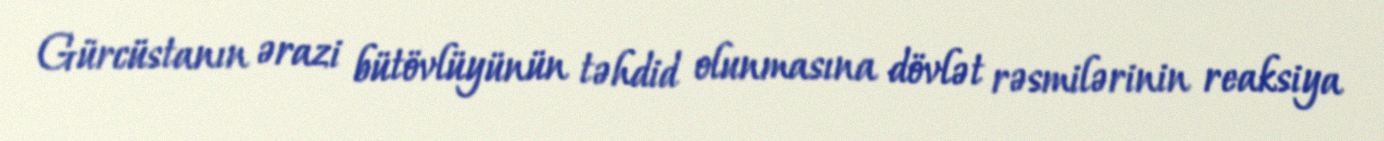
Gürcüstanın ərazi bütövlüyünün təhdid olunmasına dövlət rəsmilərinin reaksiya